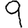
Digit: 9